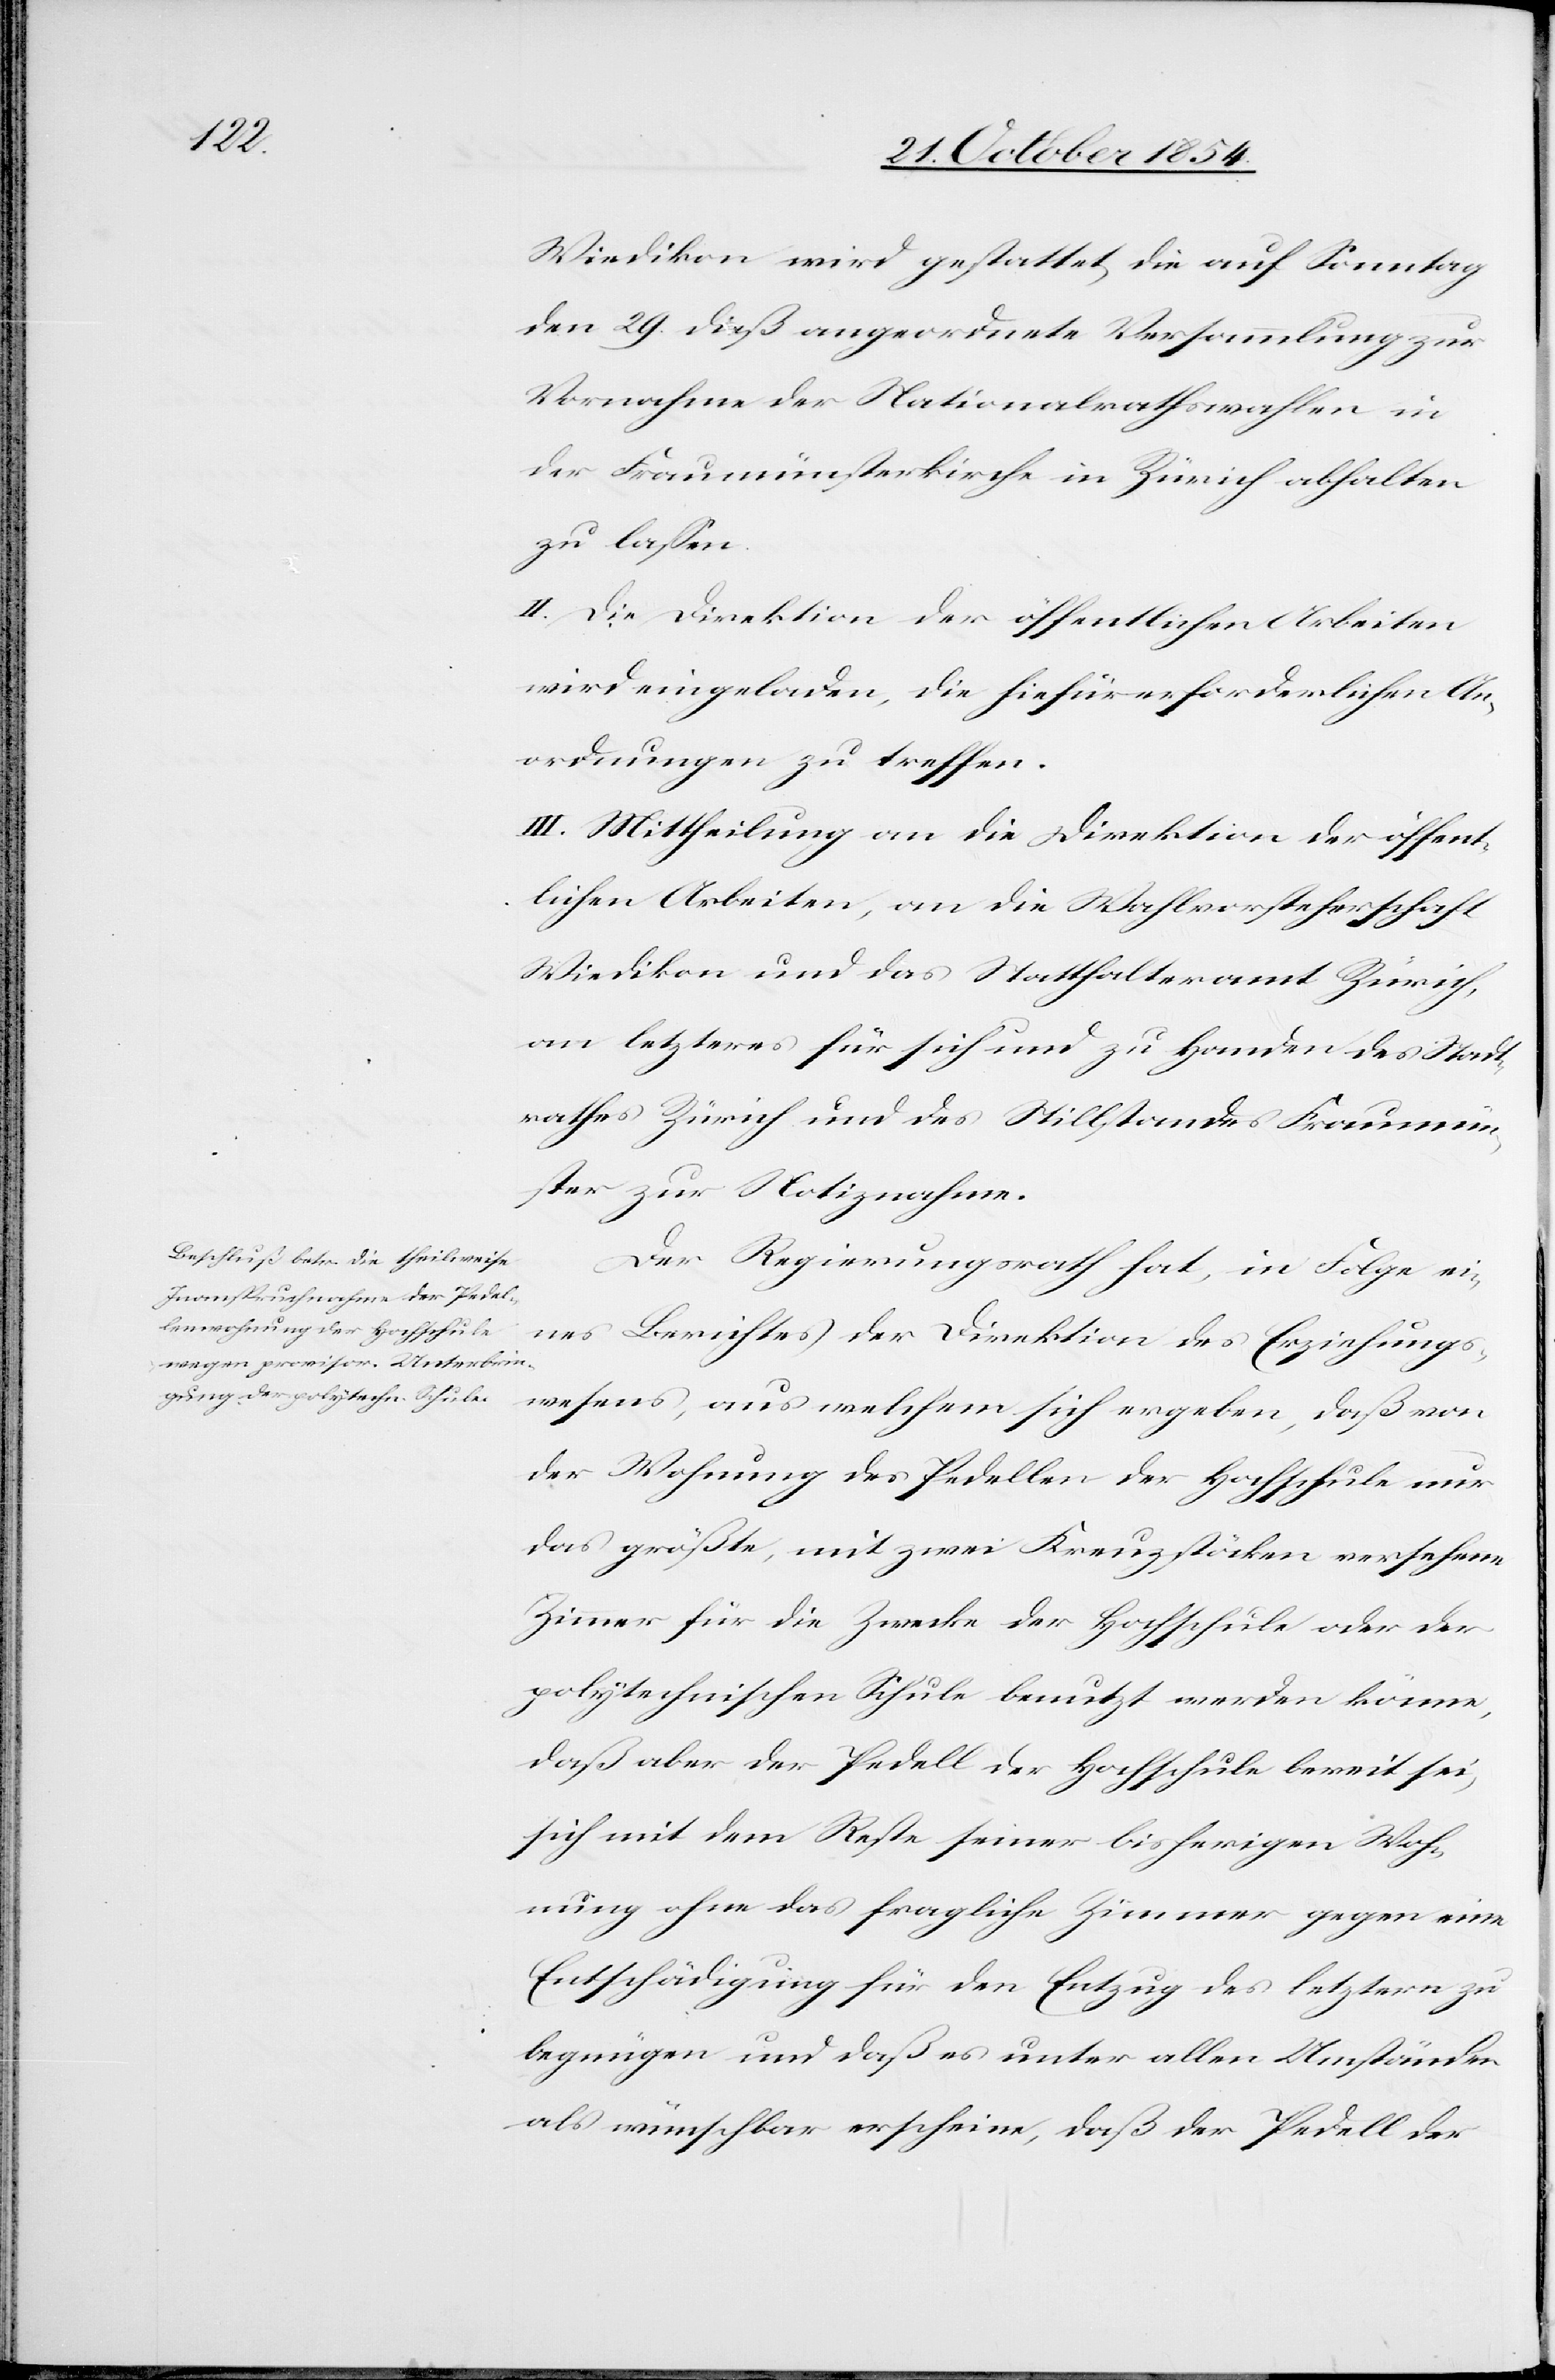
Wiedikon wird gestattet, die auf Sonntag
den 29. dieß angeordnete Versammlung zur
Vornahme der Nationalrathswahlen in
der Fraumünsterkirche ein Zürich abhalten
zu laßen.
II. Die Direktion der öffentlichen Arbeiten
wird eingeladen, die hiefür erforderlichen An¬
ordnungen zu treffen.
III. Mittheilung an die Direktion der öffent¬
lichen Arbeiten, an die Wahlvorsteherschaft
Wiedikon und das Statthalteramt Zürich,
an letzteres für sich und zu Handen des Stadt¬
rathes Zürich und des Stillstandes Fraumün¬
ster zur Notiznahme.
Der Regierungsrath hat, in Folge ei¬
nes Berichtes der Direktion des Erziehungs¬
wesens, aus welchem sich ergeben, daß von
der Wohnung des Pedeller der Hochschule nur
das größte, mit zwei Kreuzstöcken versehene
Zimmer für die Zwecke der Hochschule oder der
polytechnischen Schule benutzt werden könne,
daß aber der Pedell der Hochschule bereit sei,
sich mit dem Reste seiner bisherigen Woh¬
nung ohne das fragliche Zimmer gegen eine
Entschädigung für den Entzug des letztern zu
begnügen und daß es unter allen Umständen
als wünschbar erscheine, daß der Pedell der